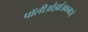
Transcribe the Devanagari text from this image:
पॉलीओर्झाअकमध्ये